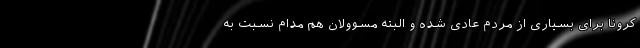
کرونا برای بسیاری از مردم عادی شده و البته مسوولان هم مدام نسبت به